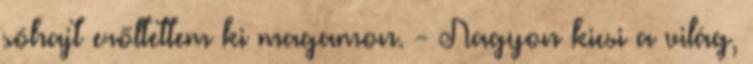
sóhajt erőltettem ki magamon. - Nagyon kicsi a világ,